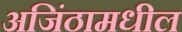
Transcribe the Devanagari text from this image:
अजिंठामधील